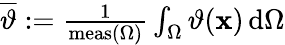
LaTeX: \begin{array}{r}{\overline{{\vartheta}}:=\frac{1}{\mathrm{meas}(\Omega)}\int_{\Omega}\vartheta(\mathbf{x})\, \mathrm{d}\Omega}\end{array}